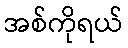
အစ်ကိုရယ်